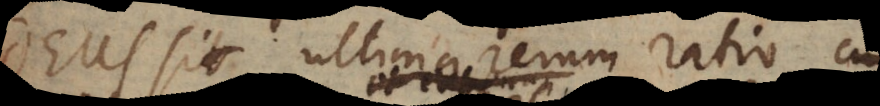
Deus sit ultima rerum ratio,